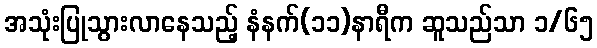
အသုံးပြုသွားလာနေသည့် နံနက်(၁၁)နာရီက ဆူသည်သာ ၁/၆၅